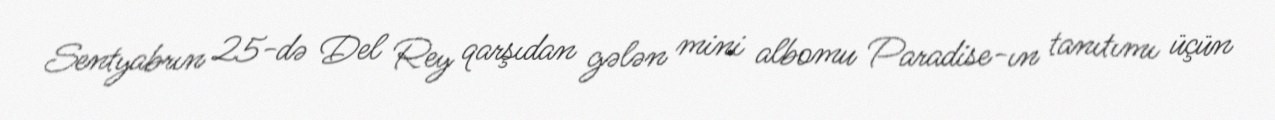
Sentyabrın 25-də Del Rey qarşıdan gələn mini albomu Paradise-ın tanıtımı üçün